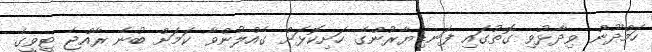
ހަމްދޫން ވިދާޅުވި ގޮތުގައި ފަނޑިޔާރުންގެ ހަށިކޮޅަށް ގެއްލުންވާ ކަމަށް ބުނެ ރާއްޖެ ޓީވީގެ